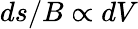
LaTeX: ds/B\propto dV